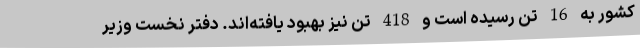
کشور به 16 تن رسیده است و 418 تن نیز بهبود یافته‌اند. دفتر نخست وزیر